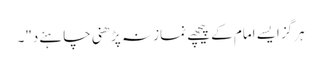
ہرگز ایسے امام کے پیچھے نماز نہ پڑھنی چاہئےد"۔